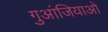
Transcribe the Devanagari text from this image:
गुआंजियाओ